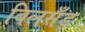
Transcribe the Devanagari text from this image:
बिलसँड़